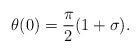
LaTeX: \begin{align*}\theta(0)=\frac{\pi}{2}(1+\sigma).\end{align*}